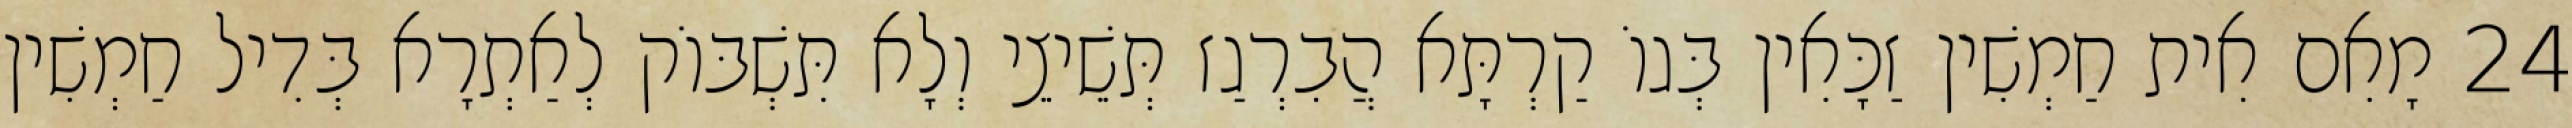
24 מָאִם אִית חַמְשִׁין זַכָּאִין בְּגוֹ קַרְתָּא הֲבִרְגַז תְּשֵׁיצֵי וְלָא תִּשְׁבּוֹק לְאַתְרָא בְּדִיל חַמְשִׁין